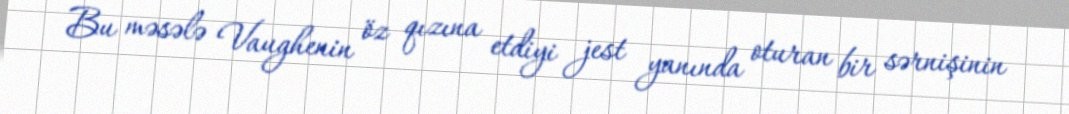
Bu məsələ Vaughenin öz qızına etdiyi jest yanında oturan bir sərnişinin